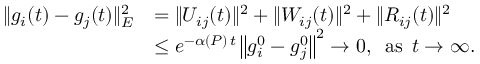
\begin{array} { r l } { \| g _ { i } ( t ) - g _ { j } ( t ) \| _ { E } ^ { 2 } } & { = \| U _ { i j } ( t ) \| ^ { 2 } + \| W _ { i j } ( t ) \| ^ { 2 } + \| R _ { i j } ( t ) \| ^ { 2 } } \\ & { \leq e ^ { - \alpha ( P ) \, t } \left\| g _ { i } ^ { 0 } - g _ { j } ^ { 0 } \right\| ^ { 2 } \to 0 , \; \; \mathrm { a s } \; \, t \to \infty . } \end{array}